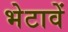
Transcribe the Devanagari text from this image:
भेटावें